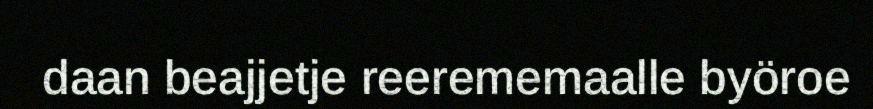
daan beajjetje reerememaalle byöroe